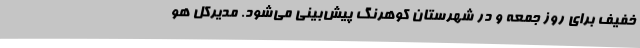
خفیف برای روز جمعه و در شهرستان کوهرنگ پیش‌بینی می‌شود. مدیرکل هو